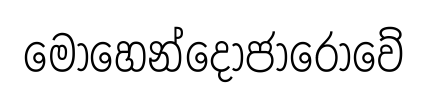
මොහෙන්දොජාරෝවේ